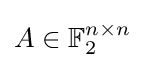
A\in \mathbb {F} _{2}^{n\times n}